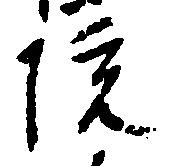
院